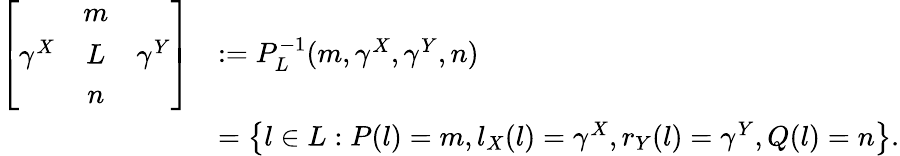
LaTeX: \begin{array}{rl}{\left[\begin{array}{ccc}&{m}&\\ {\gamma^{X}}&{L}&{\gamma^{Y}}\\ &{n}&\end{array}\right]}&{:=P_{L}^{-1}(m,\gamma^{X},\gamma^{Y},n)}\\ &{=\big\{ l\in L:P(l)=m,l_{X}(l)=\gamma^{X},r_{Y}(l)=\gamma^{Y},Q(l)=n\big\} .}\end{array}